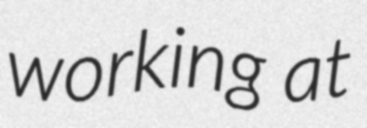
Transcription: working at